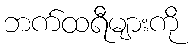
ဘက်ထရီများကို